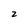
Character: 2